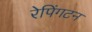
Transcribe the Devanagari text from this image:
रेपिंगटन